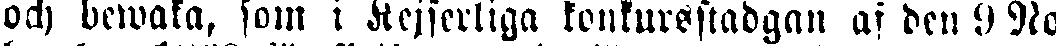
och bewaka, som i Kejserliga konkurssladgan af den 9 No